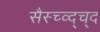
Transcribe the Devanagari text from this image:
सैस्च्व्द्च्द